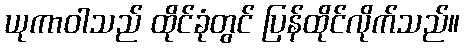
ယုကာဝါသည် ထိုင်ခုံတွင် ပြန်ထိုင်လိုက်သည်။